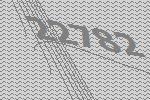
22782